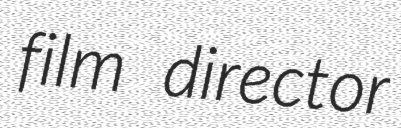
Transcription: film director